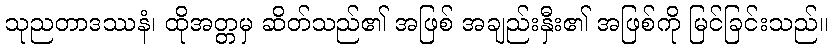
သုညတာဒဿနံ၊ ထိုအတ္တမှ ဆိတ်သည်၏ အဖြစ် အချည်းနှီး၏ အဖြစ်ကို မြင်ခြင်းသည်။